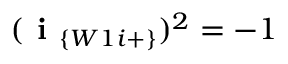
( \textbf { i } _ { \{ W 1 i + \} } ) ^ { 2 } = - 1